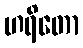
ဟရိတော